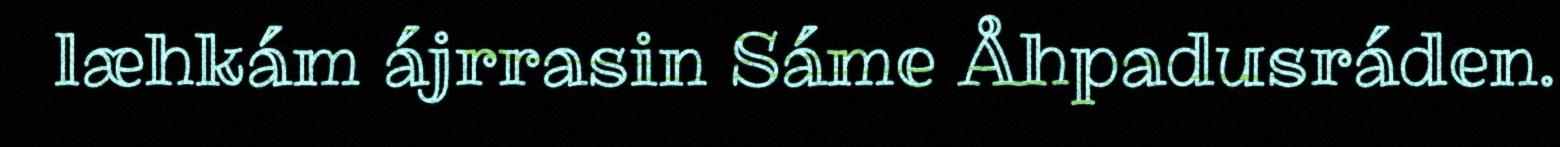
læhkám ájrrasin Sáme Åhpadusráden.